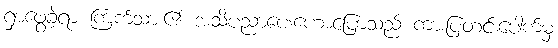
ရှာဖွေခဲ့ရာ ကြက်သား၏ အသိပညာပေးဟောပြောသည် ကားပြတင်းပေါက်မှ